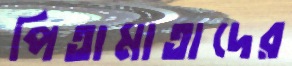
পিতামাতাদের